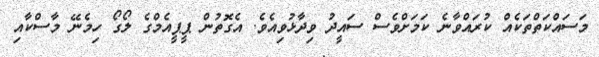
މަސައްކަތްތަކެއް ކުރައްވާނެ ކަމަށްވެސް ސައީދު ވިދާޅުވިއެވެ. އެގޮތުން ޕީޕީއެމްގެ ލޯގޯ ހިމެނޭ މާސްކާއި